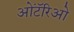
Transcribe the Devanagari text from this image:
ओंटॅरिओ